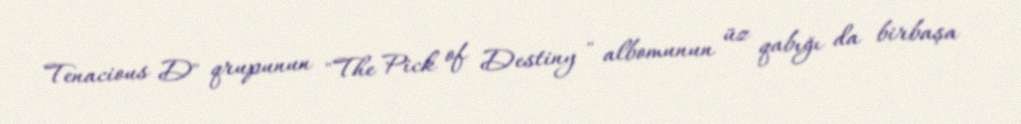
Tenacious D" qrupunun "The Pick of Destiny " albomunun üz qabığı da birbaşa